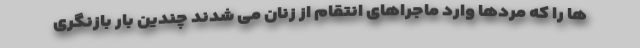
ها را که مردها وارد ماجراهای انتقام از زنان می شدند چندین بار بازنگری